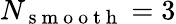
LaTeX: N_{\mathrm{~s~m~o~o~t~h~}}=3